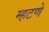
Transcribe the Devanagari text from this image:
म्हटणे